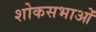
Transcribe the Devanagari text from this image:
शोकसभाओं